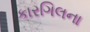
કારગિલના